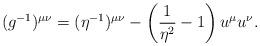
LaTeX: \begin{align*} (g^{-1})^{\mu\nu}=(\eta^{-1})^{\mu\nu}-\left(\frac{1}{\eta^2}-1\right)u^\mu u^\nu.\end{align*}